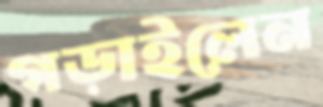
গড়াইলেন